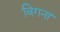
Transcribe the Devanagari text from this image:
बिगना